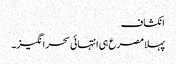
انکشاف
پہلا مصرع ہی انتہائی سحر انگیز۔